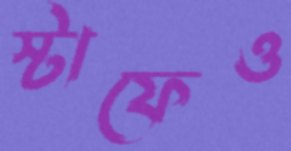
স্টাফেও